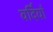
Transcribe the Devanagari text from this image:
वर्दियाँ